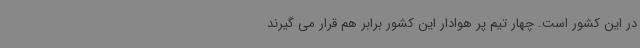
در این کشور است. چهار تیم پر هوادار این کشور برابر هم قرار می گیرند